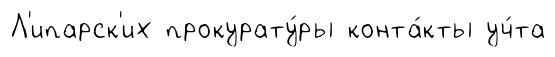
Л'ипарск'их прокурату́ры конта́кты уч́та